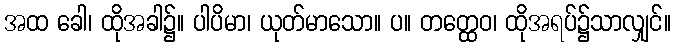
အထ ခေါ၊ ထိုအခါ၌။ ပါပိမာ၊ ယုတ်မာသော။ ပ။ တတ္ထေဝ၊ ထိုအရပ်၌သာလျှင်။